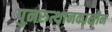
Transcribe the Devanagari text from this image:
पुनरुत्थानकालीन